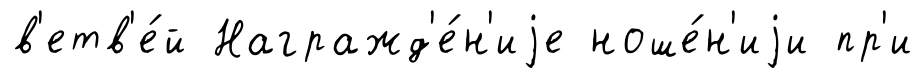
в'етв'е́й Награжд'е́н'иjе ноше́н'иjи пр'и